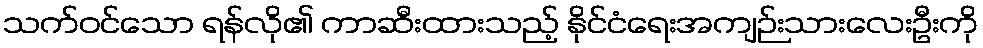
သက်ဝင်သော ရန်လို၏ ကာဆီးထားသည့် နိုင်ငံရေးအကျဉ်းသားလေးဦးကို